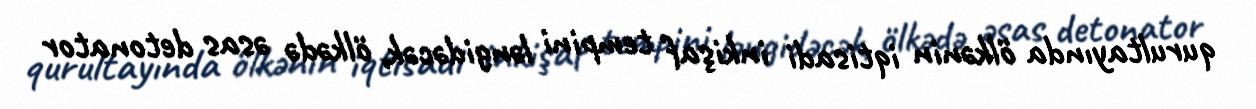
qurultayında ölkənin iqtisadi inkişaf tempini ləngidəcək, ölkədə əsas detonator